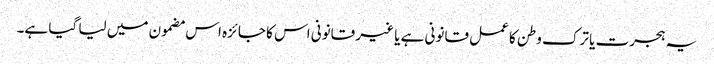
یہ ہجرت یا ترک وطن کا عمل قانونی ہے یا غیر قانونی اس کا جائزہ اس مضمون میں لیا گیا ہے۔